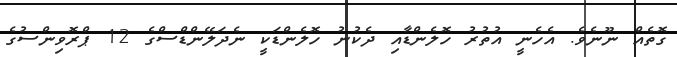
ގޮތެެއް ނޫނެވެ. އެހެނީ އުތުރު ހޮލެންޑާއި ދެކުނު ހޮލެންޑަކީ ނެދަލޭންޑްސްގެ 12 ޕްރޮވިންސުގެ